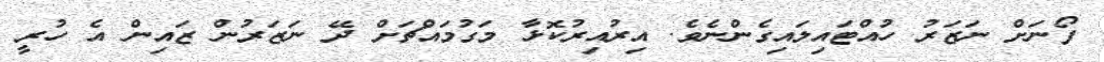
ފޯނަށް ނަޒަރު ހުއްޓައިލައިގެންނެވެ. އިރުއިރުކޮޅާ މަގުމައްޗަށް ދޭ ނަޒަރުން ޒައިން އެ ހުރީ